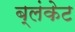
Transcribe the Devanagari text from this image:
ब्लंकेट